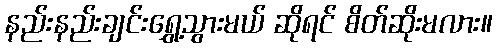
နည်းနည်းချင်းရွှေ့သွားမယ် ဆိုရင် စိတ်ဆိုးမလား။